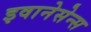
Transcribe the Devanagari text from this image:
इवानेसेन्स